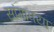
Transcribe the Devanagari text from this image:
सांगावया